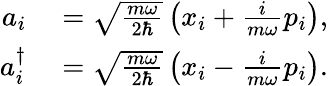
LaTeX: \begin{array}{rl}{a_{i}}&{{}={\sqrt{\frac{m\omega}{2\hbar}}}\left(x_{i}+{\frac{i}{m\omega}}p_{i}\right),}\\ {a_{i}^{\dagger}}&{{}={\sqrt{\frac{m\omega}{2\hbar}}}\left(x_{i}-{\frac{i}{m\omega}}p_{i}\right).}\end{array}